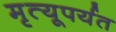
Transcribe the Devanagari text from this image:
मृत्यूपर्यत